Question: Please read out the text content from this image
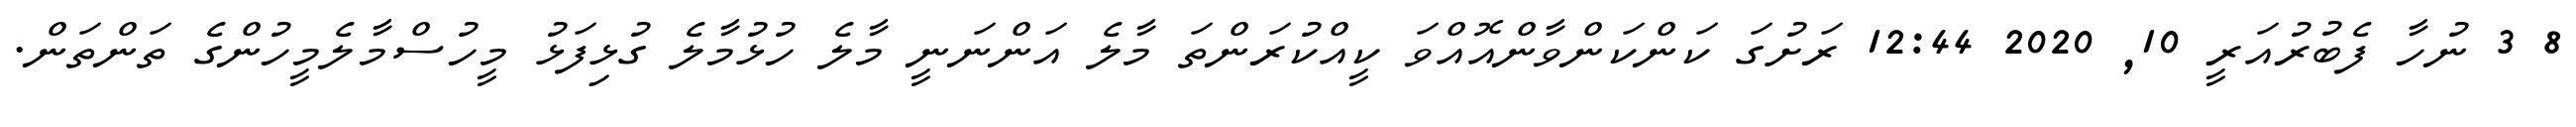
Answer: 8 3 ނުހާ ފެބުރުއަރީ 10, 2020 12:44 ރަށުގަ ކަންކަންވާންއޮއްވަ ކީއްކުރަންތަ މާލެ އަންނަނީ މާލެ ހުޅުމާލެ ގުޅިފަޅު މީހުސްމާލެމީހުންގެ ތަންތަން.